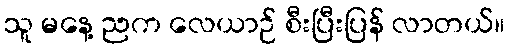
သူ မနေ့ ညက လေယာဉ် စီးပြီးပြန် လာတယ်။